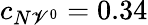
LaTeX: c_{N\mathscr{V}^{0}}=0.34